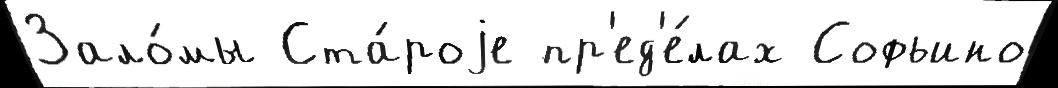
Зало́мы Ста́роjе пр'ед'е́лах Софьино